Insane asylums Bombay 1873-77 - 1873-1877
Year: 1873
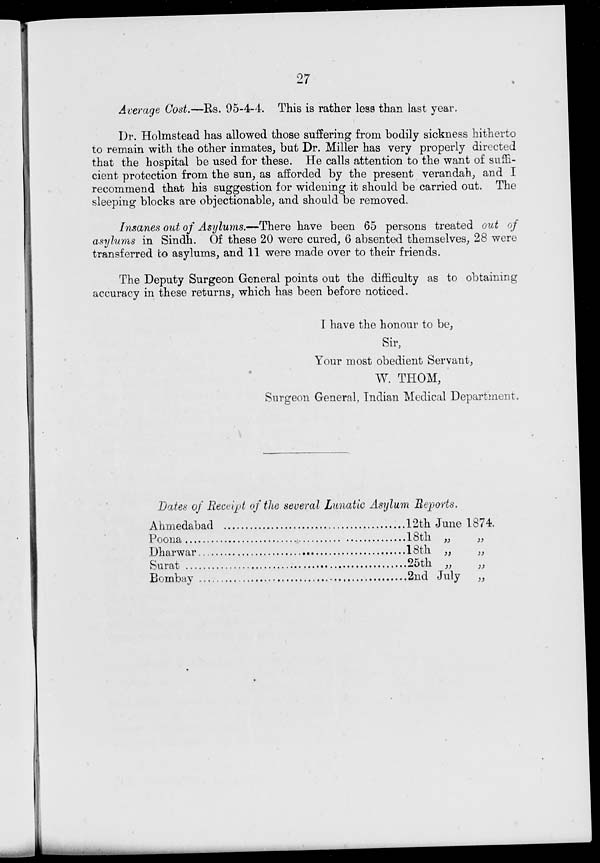
27
Average Cost.—Rs. 95-4-4. This is rather less than last year.
Dr. Holmstead has allowed those suffering from bodily sickness hitherto
to remain with the other inmates, but Dr. Miller has very properly directed
that the hospital be used for these. He calls attention to the want of suffi-
cient protection from the sun, as afforded by the present verandah, and I
recommend that his suggestion for widening it should be carried out. The
sleeping blocks are objectionable, and should be removed.
Insanes out of Asylums.—There have been 65 persons treated out of
asylums in Sindh. Of these 20 were cured, 6 absented themselves, 28 were
transferred to asylums, and 11 were made over to their friends.
The Deputy Surgeon General points out the difficulty as to obtaining
accuracy in these returns, which has been before noticed.
I have the honour to be,
Sir,
Your most obedient Servant,
W. THOM,
Surgeon General, Indian Medical Department.
Dates of Receipt of the several Lunatic Asylum Reports.
Ahmedabad ..............................
Poona .......................................
Dharwar....................................
Surat.........................................
Bombay....................................
12th June 1874.
18th „ „
18th „ „
25th „ „
2nd July „